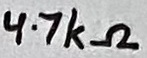
Text: 4.7kΩ